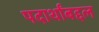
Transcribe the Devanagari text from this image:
पदार्थांबद्दल